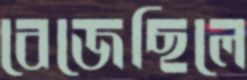
বেজেছিলে